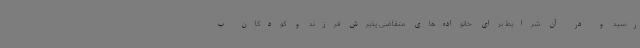
رسید و در آن شرایط برای خانواده‌های متقاضی پذیرش فرزند و کودکان ب